Triennial report on the lunatic asylums in the province of Eastern Bengal and Assam - 1903-1911
Year: 1903
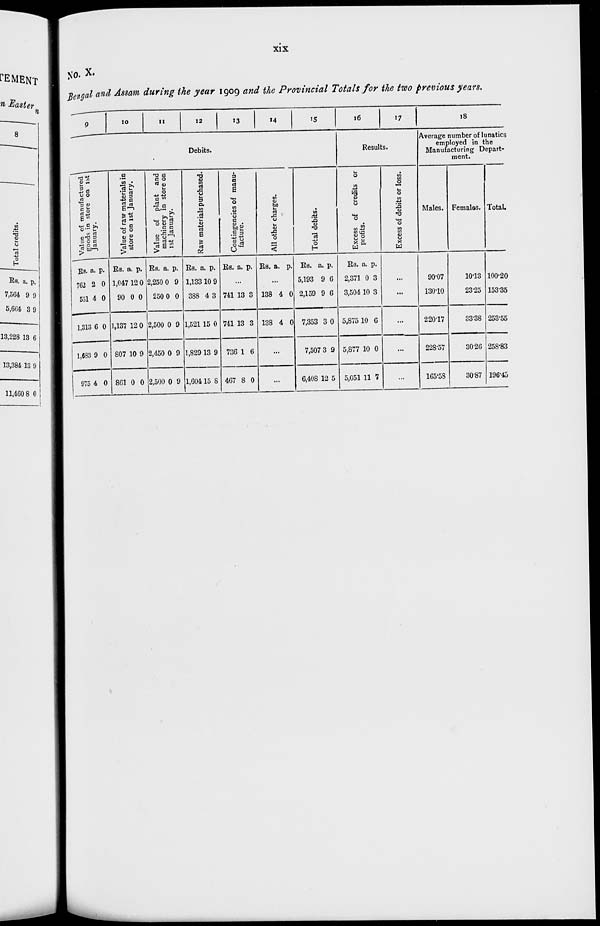
xix
No. X.
Bengal and Assam during the year 1909 and the Provincial Totals for the two previous years.
9
10
11
12
13
14
15
Debits.
Value of manufactured
goods in store on 1st
January.
Rs.
762
551
1,313
1,683
975
a.
2
4
6
9
4
p.
0
0
0
0
0
Value of raw materials in
store on 1st January.
Rs.
1,047
90
1,137
807
861
a.
12
0
12
10
0
p.
0
0
0
9
0
Value of plant and
machinery in store on
1st January.
Rs.
2,250
250
2,500
2,450
2,500
a.
0
0
0
0
0
p.
9
0
9
9
9
Raw materials purchased.
Rs.
1,133
388
1,521
1,829
1,604
a.
10
4
15
13
15
p.
9
3
0
9
8
Contingencies of manu-
facture.
Rs. a. p.
...
741
741
73C
467
13
13
1
8
3
3
6
0
All other charges.
Rs. a. p.
...
138
138
...
...
4
4
...
...
0
0
...
...
Total debits.
Rs.
5,193
2,159
7,353
7,507
6,408
a.
9
9
3
3
12
p.
6
6
0
9
5
16
17
Results.
Excess of credits or
profits.
Rs.
2,371
3,504
5,875
5,877
5,051
a.
0
10
10
10
11
p.
3
3
6
0
7
Excess of debits or loss.
...
...
...
...
...
18
Average number of lunatics
employed in the
Manufacturing Depart-
ment.
Males.
90.07
130.10
220.17
228.57
165.58
Females.
10.13
23.25
33.38
30.26
30.87
Total.
100.20
153.35
253.55
258.83
196.45